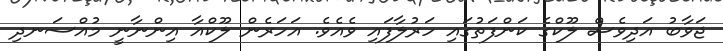
ޖަވާބު އަދިވެސް ލޫކްގެ ކަންފަތުގައި ހަރުލާފައި ވެއެވެ. އަހަރެން ލޫކްއާ އިންނާނީ މުއްސަނދި